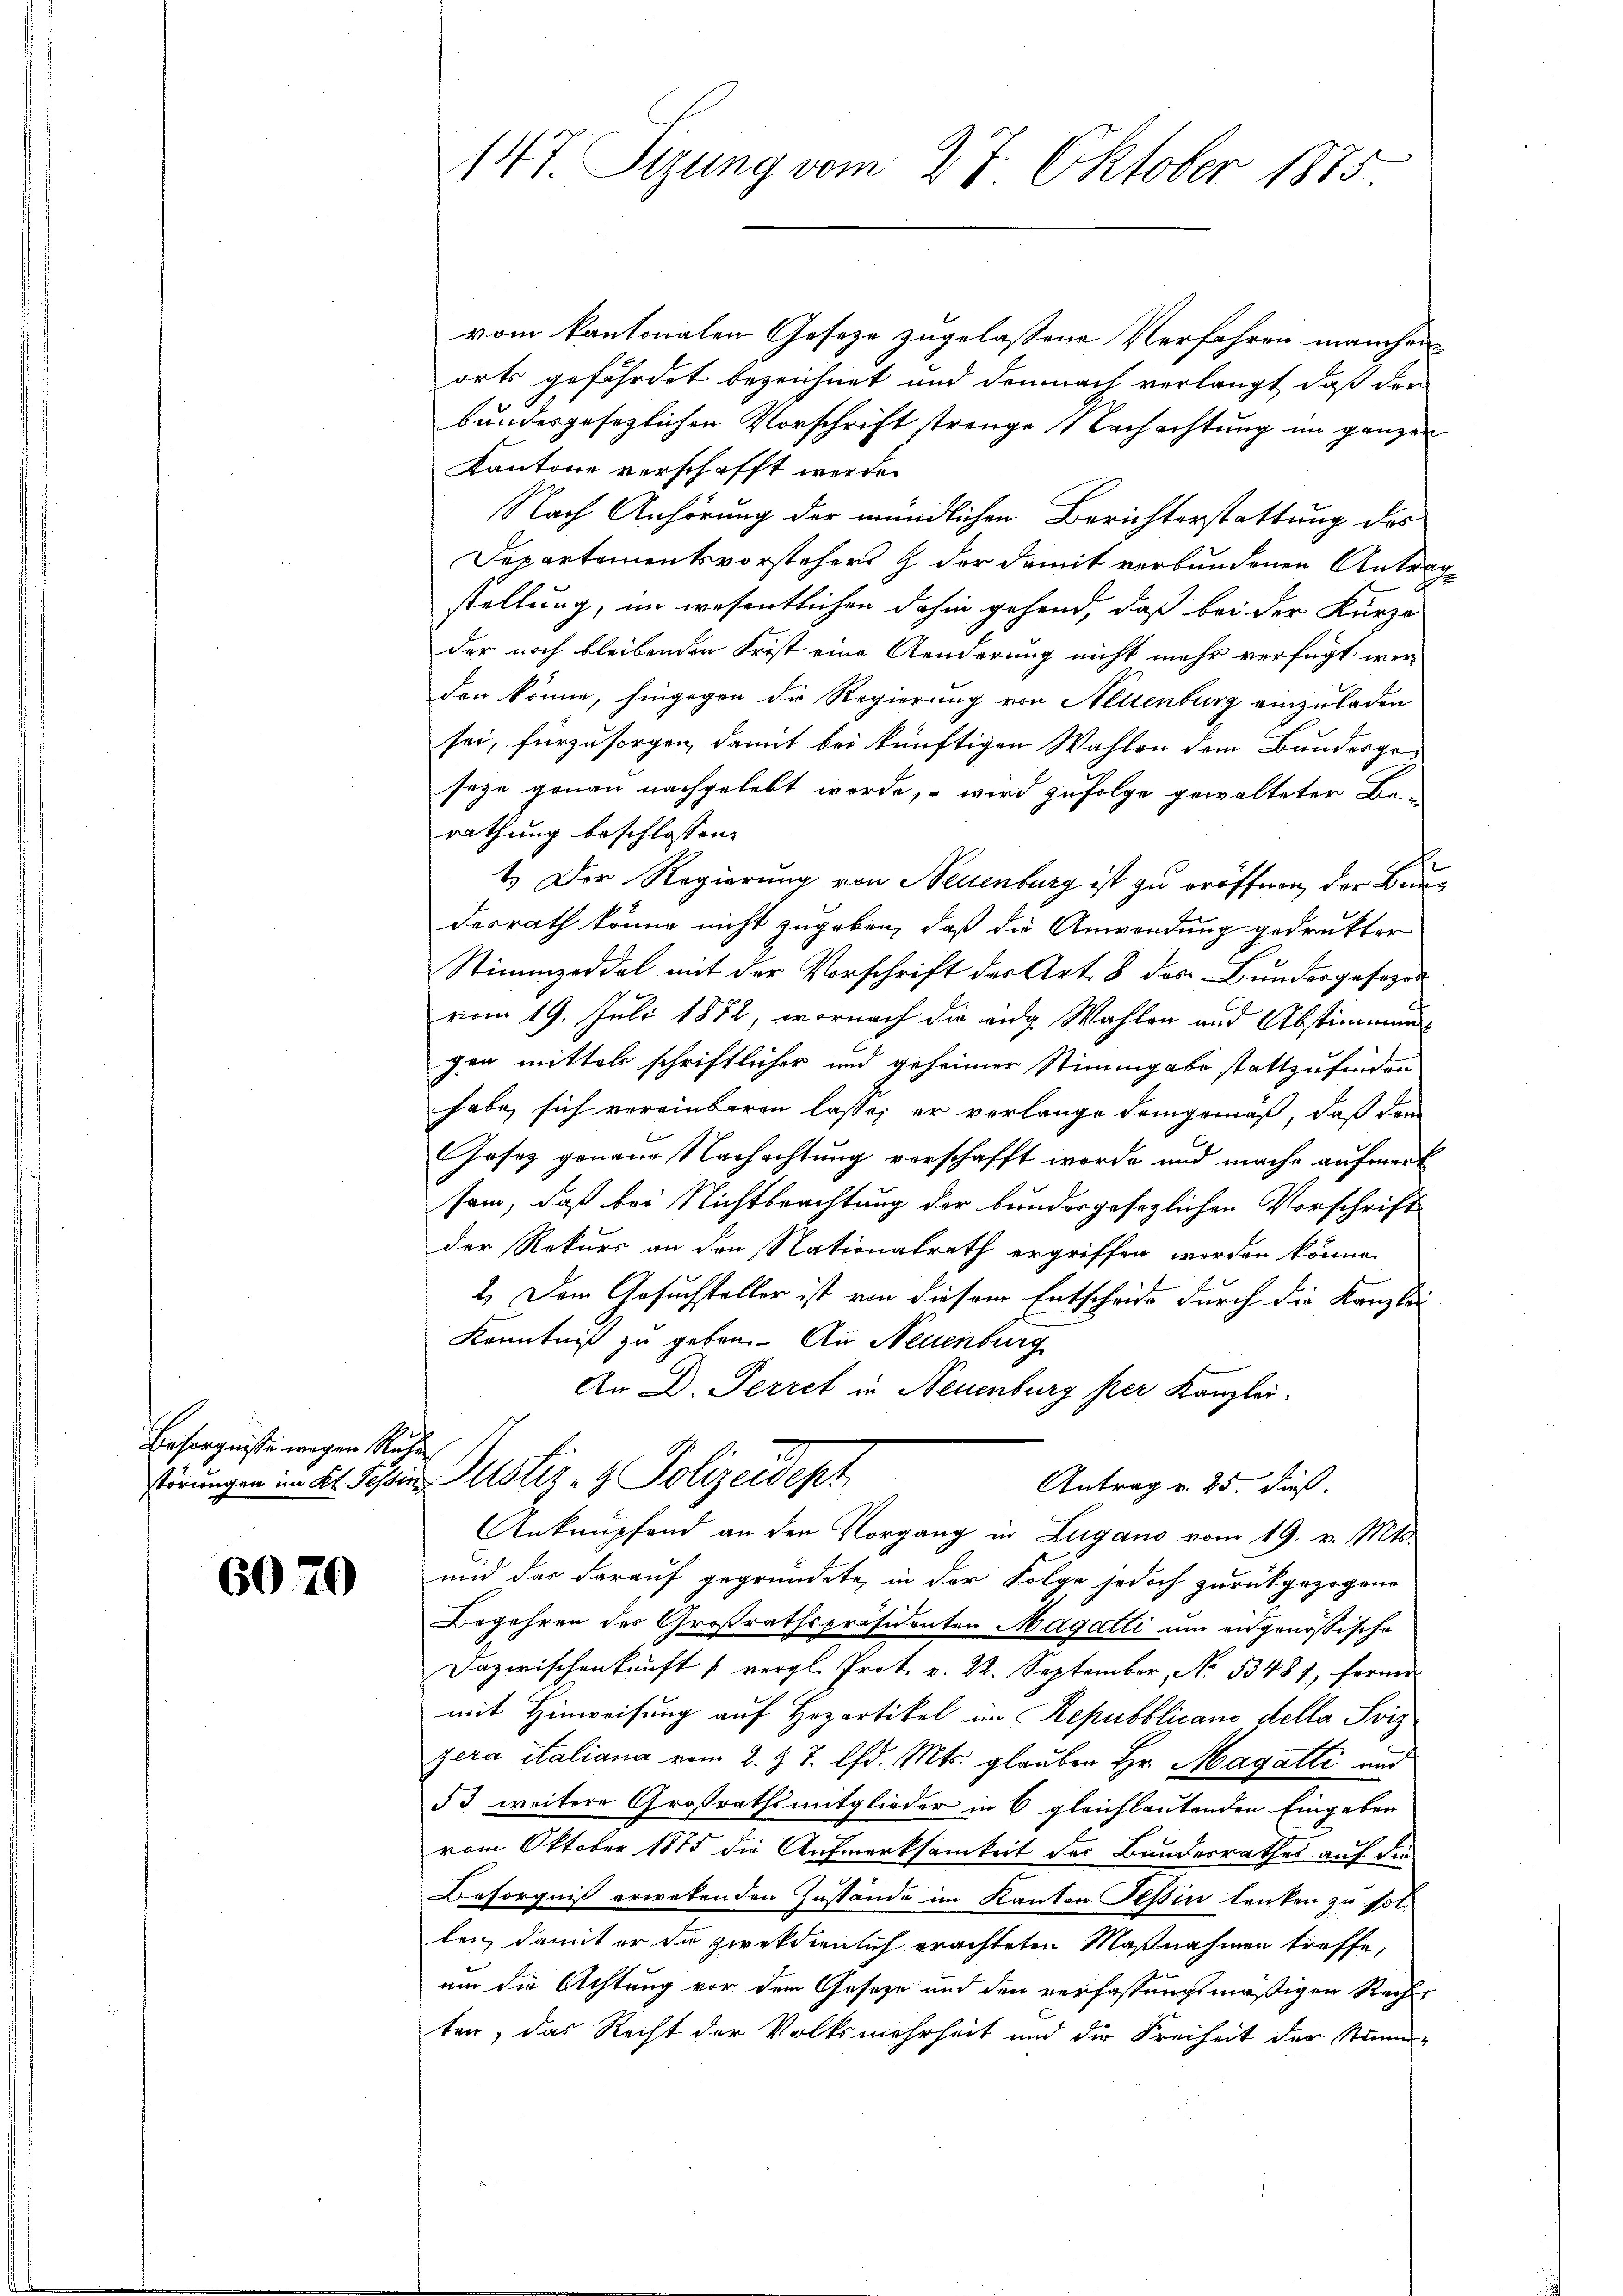
Ersorgnisse wegen Ruhe

6070

147. Seung vom 27. Oktober 1875.

vom kantonalen Gesetze zugelassene Verfahren manchen
orts gefährdet bezeichnet und demnach verlangt, daß der
bundesgesezlichen Vorschrift strenge Nachachtung im ganzen
Kantone verschafft werde.
Nach Anhörung der mündlichen Berichterstattung des
Departementsvorstehers & der damit verbundenen Antrastellung, im wesentlichen dahin gehend, daß bei der Kurze
der noch bleibenden Frist eine Aenderung nicht mehr verfügt wer-
den könne, hingegen die Regierung von Neuenburg einzuladen
sei, fürzusorgen, damit bei künftigen Wahlen dem Bundesgeseze genau nachgelebt werde, – wird zufolge gewalteter Ban
rathung beschlossen.
1.) Der Regierung von Neuenburg ist zu eröffnen, der Bundesrath könne nicht zugeben, daß die Anwendung gedrukter
Stimmzeddel mit der Vorschrift der Art. 8 des Bundesgesezes
vom 19. Juli 1872, wornach die aug. Wahlen und Abstimmung
gen mittel schriftlicher und geheimer Stimmgabe stattzufinden
habe sich vereinbaren lasse; er verlange demgemäß, daß den
Gesetz genaue Nachachtung verschafft worde und mache aufmerk
sam, daß bei Nichtbeachtung der bundergesezlichen Vorschrift
der Rekurs an den Nationalrath ergriffen werden könne.
2.) Dem Gesuchsteller ist von diesem Entscheide durch die Kanzlei
Kenntniß zu geben. An Neuenburg
An D. Perret in Neuenburg ser Kanzlei.
störungen im Kt. Tessin Justiz- & Polizeidept
Antrag v. 25. dieß.
Anknüpfend an den Vorgang in Lugano vom 19. v. Mts.
und das darauf gegründete, in der Folge jedoch zurückgezogene
Begehren des Großrathspräsidenten Magatti um eidgenössische
Dazwischenkunft u vergl. Prot. v. 22. September, No. 53481, ferner
mit Hinweisung auf Hozartikel im Repubblicano della Sviz
zera italiana vom 2. J. J. lfd. Mts. glauben Hr. Magatti und
53 weitere Großrathsmitglieder in 6. gleichlautenden Eingaben
vom Oktober 1875 die Aufmerksamkeit der Bundesrathes auf die
Besorgniß erwebenden Zustände im Kanton Tessin lenken zu solten, damit er die zweckdienlich erachteten Maßnahmen treffe,
um die Achtung vor dem Geseze und den verfassungsmäßigen Recht
ten, das Recht der Volksmehrheit und die Freiheit der Stimm-